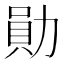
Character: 勛